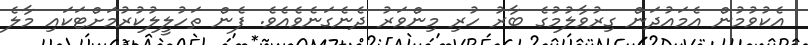
އެކުވުމުން އެމައުދަން ގިރުވާލުމުގެ ބާރު ހުރި މިންވަރު ދެނެގަނެވެއެވެ. ފެން ތަހުލީލުކުރުމަށްޓަކައި މާލެ